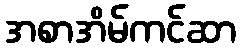
အစာအိမ်ကင်ဆာ